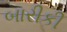
બારીકી